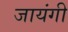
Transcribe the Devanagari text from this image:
जायंगी